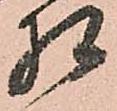
相